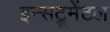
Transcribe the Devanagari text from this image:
इन्सट्रूमेंटल